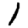
Digit: 1